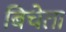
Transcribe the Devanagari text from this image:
बिचेता